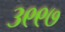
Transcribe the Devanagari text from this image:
३९९७